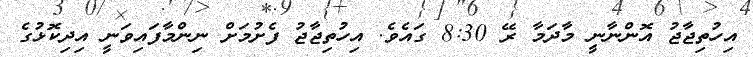
އިހުތިޖާޖު އޮންނާނީ މާދަމާ ރޭ 8:30 ގައެވެ. އިހުތިޖާޖު ފެށުމަށް ނިންމާފައިވަނީ އިދިކޮޅުގެ